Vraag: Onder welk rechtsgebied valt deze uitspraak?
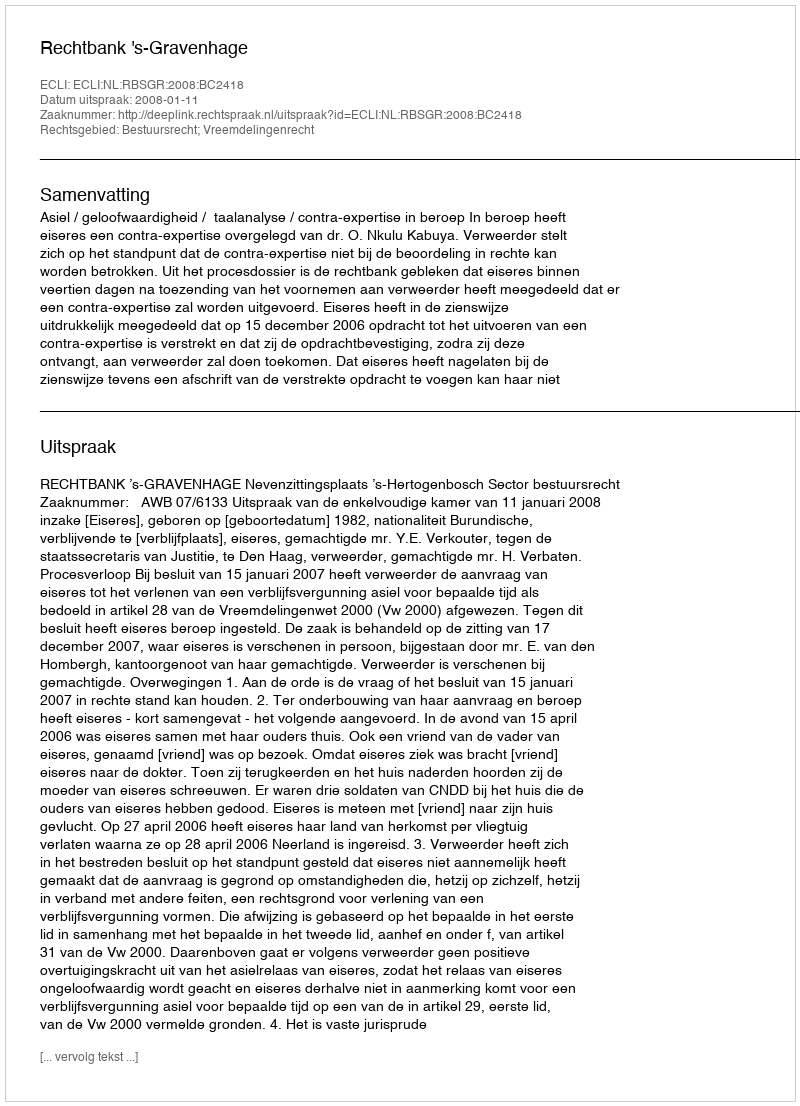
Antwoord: Bestuursrecht; Vreemdelingenrecht